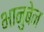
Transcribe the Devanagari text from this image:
भानुबेन